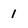
Character: 1